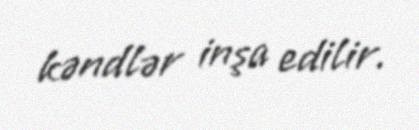
kəndlər inşa edilir.